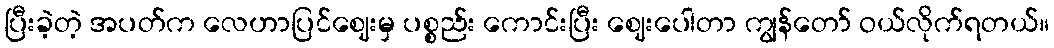
ပြီးခဲ့တဲ့ အပတ်က လေဟာပြင်ဈေးမှ ပစ္စည်း ကောင်းပြီး ဈေးပေါတာ ကျွန်တော် ဝယ်လိုက်ရတယ်။